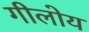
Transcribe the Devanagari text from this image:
गीलोय